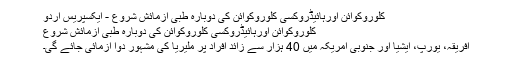
کلوروکوائن اورہائیڈروکسی کلوروکوائن کی دوبارہ طبی آزمائش شروع - ایکسپریس اردو
کلوروکوائن اورہائیڈروکسی کلوروکوائن کی دوبارہ طبی آزمائش شروع
افریقہ، یورپ، ایشیا اور جنوبی امریکہ میں 40 ہزار سے زائد افراد پر ملیریا کی مشہور دوا آزمائی جائے گی۔